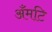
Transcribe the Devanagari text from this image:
अँमटि